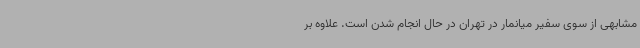
مشابهی از سوی سفیر میانمار در تهران در حال انجام شدن است. علاوه بر